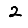
Digit: 2